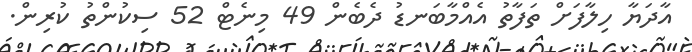
އާދަޔާ ހިލާފަށް ތަފާތު އެއްމާބަނޑު ދެބެން 49 މިނެޓް 52 ސިކުންތު ކުރިން.